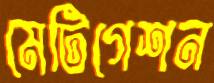
মেটিগেশন